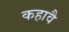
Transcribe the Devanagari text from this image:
कहावै